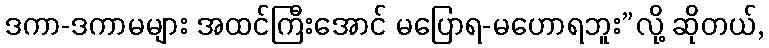
ဒကာ-ဒကာမများ အထင်ကြီးအောင် မပြောရ-မဟောရဘူး”လို့ ဆိုတယ်,